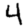
Digit: 4